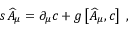
s \widehat { A } _ { \mu } = \partial _ { \mu } c + g \left[ \widehat { A } _ { \mu } , c \right] \; ,